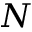
N